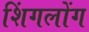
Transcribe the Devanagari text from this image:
शिंगलोंग